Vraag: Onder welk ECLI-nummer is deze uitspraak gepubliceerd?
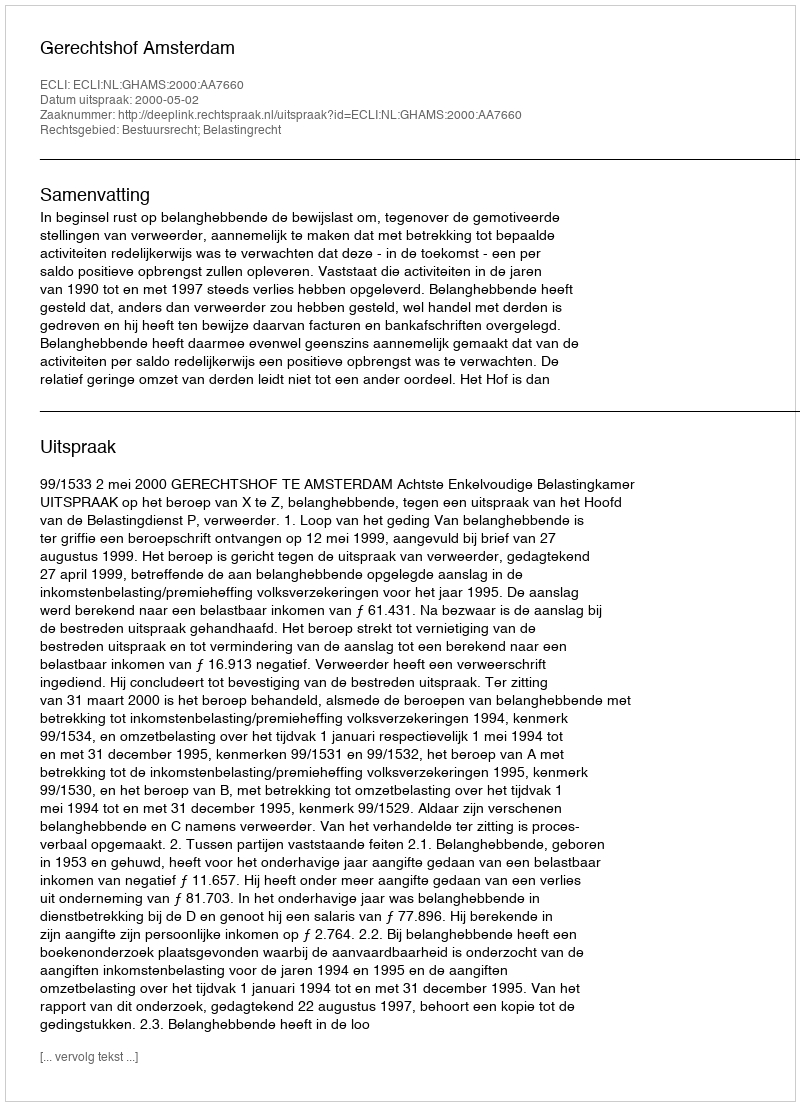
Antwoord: ECLI:NL:GHAMS:2000:AA7660